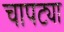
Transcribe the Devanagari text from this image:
चापट्या